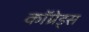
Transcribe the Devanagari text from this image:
कॉम्रेड्स